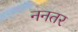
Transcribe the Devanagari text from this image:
ननतर